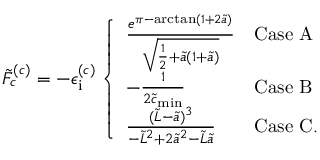
\tilde { F } _ { c } ^ { ( c ) } = - \epsilon _ { \mathrm { i } } ^ { ( c ) } \left\{ \begin{array} { l l } { \frac { e ^ { \pi - \arctan ( 1 + 2 \tilde { a } ) } } { \sqrt { \frac { 1 } { 2 } + \tilde { a } ( 1 + \tilde { a } ) } } } & { \mathrm { C a s e ~ A } } \\ { - \frac { 1 } { 2 \tilde { c } _ { \mathrm { m i n } } } } & { \mathrm { C a s e ~ B } } \\ { \frac { ( \tilde { L } - \tilde { a } ) ^ { 3 } } { - \tilde { L } ^ { 2 } + 2 \tilde { a } ^ { 2 } - \tilde { L } \tilde { a } } } & { \mathrm { C a s e ~ C . } } \end{array} \right.